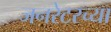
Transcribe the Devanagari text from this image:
जनरेटरच्या